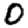
Digit: 0